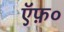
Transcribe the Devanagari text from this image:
ऍफ़०